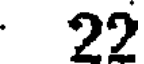
: 22